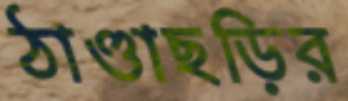
ঠাণ্ডাছড়ির